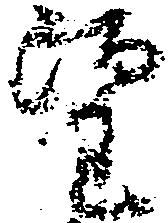
望